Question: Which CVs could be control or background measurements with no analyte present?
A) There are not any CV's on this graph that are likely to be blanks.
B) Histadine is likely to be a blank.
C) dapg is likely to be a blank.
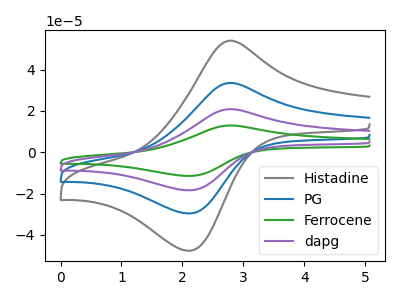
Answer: <think>The gray curve "Histadine" has an anodic peak at (2.80V, 54.05uA) and a cathodic peak at (2.10V, -47.70uA). The blue curve "PG" has an anodic peak at (2.80V, 33.60uA) and a cathodic peak at (2.10V, -29.65uA). The green curve "Ferrocene" has an anodic peak at (2.80V, 100.80uA) and a cathodic peak at (2.10V, -88.95uA). The purple curve "dapg" has an anodic peak at (2.80V, 67.20uA) and a cathodic peak at (2.10V, -59.30uA).</think>
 <answer>A) There are not any CV's on this graph that are likely to be blanks.</answer>
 <eval>A</eval>